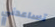
تساعدني